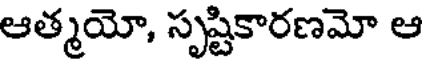
ఆత్మయో, సృష్టికారణమో ఆ